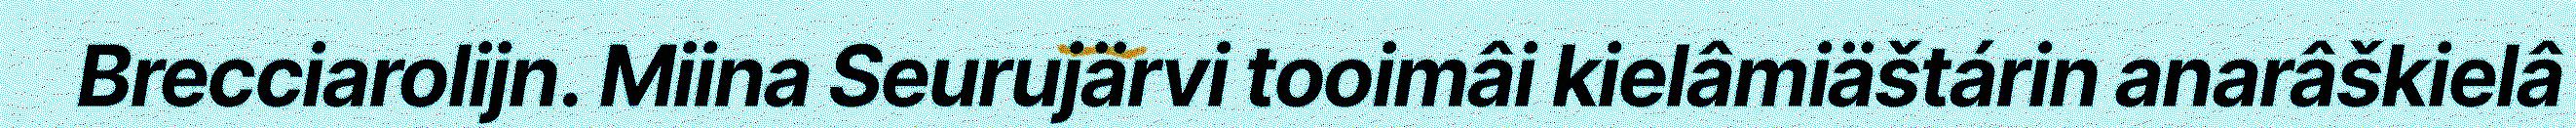
Brecciarolijn. Miina Seurujärvi tooimâi kielâmiäštárin anarâškielâ